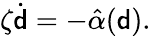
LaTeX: \zeta\dot{{\mathsf{d}}}=-\hat{\alpha}({\mathsf{d}}).